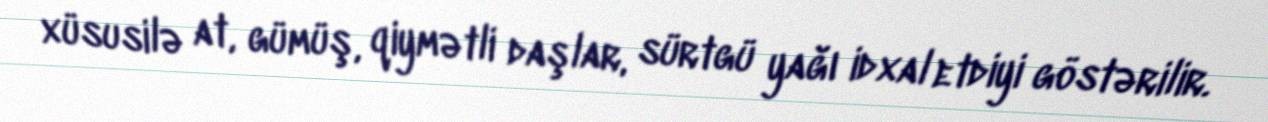
xüsusilə at, gümüş, qiymətli daşlar, sürtgü yağı idxal etdiyi göstərilir.